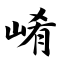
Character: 崤